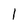
Character: 1